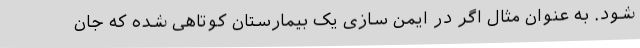
شود. به عنوان مثال اگر در ایمن سازی یک بیمارستان کوتاهی شده که جان